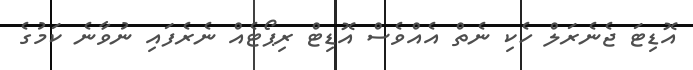
އޮޑިޓަ ޖެނެރަލް ހެކި ނެތް އެއްވެސް އޮޑިޓް ރިޕޯޓެއް ނެރެފައި ނުވާނެ ކަމުގެ